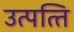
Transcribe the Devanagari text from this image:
उत्पत्‍ति